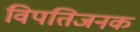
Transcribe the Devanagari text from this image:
विपतिजनक